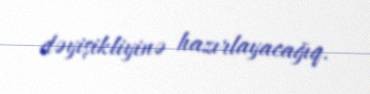
dəyişikliyinə hazırlayacağıq.